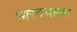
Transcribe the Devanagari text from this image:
भारतभम्रण